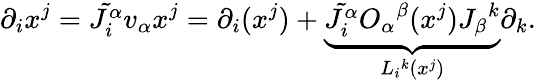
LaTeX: \partial_{i}x^{j}=\tilde{J_{i}^{\alpha}}v_{\alpha}x^{j}=\partial_{i}(x^{j})+\underbrace{\tilde{J_{i}^{\alpha}}O_{\alpha}{}^{\beta}(x^{j})J_{\beta}{}^{k}}_{L_{i}{}^{k}(x^{j})}\partial_{k}.